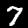
Label: 7